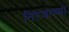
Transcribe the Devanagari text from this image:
निरजाच्या